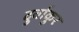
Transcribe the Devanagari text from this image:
दुर्वाकुर